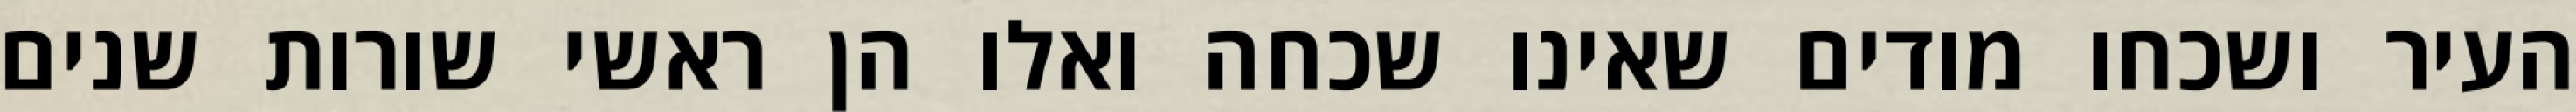
העיר ושכחו מודים שאינו שכחה ואלו הן ראשי שורות שנים